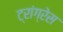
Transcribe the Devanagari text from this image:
ट्रांग्रेस